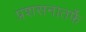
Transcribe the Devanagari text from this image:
प्रशसनातर्फे